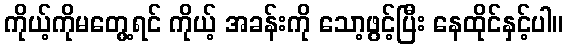
ကိုယ့်ကိုမတွေ့ရင် ကိုယ့် အခန်းကို သော့ဖွင့်ပြီး နေထိုင်နှင့်ပါ။